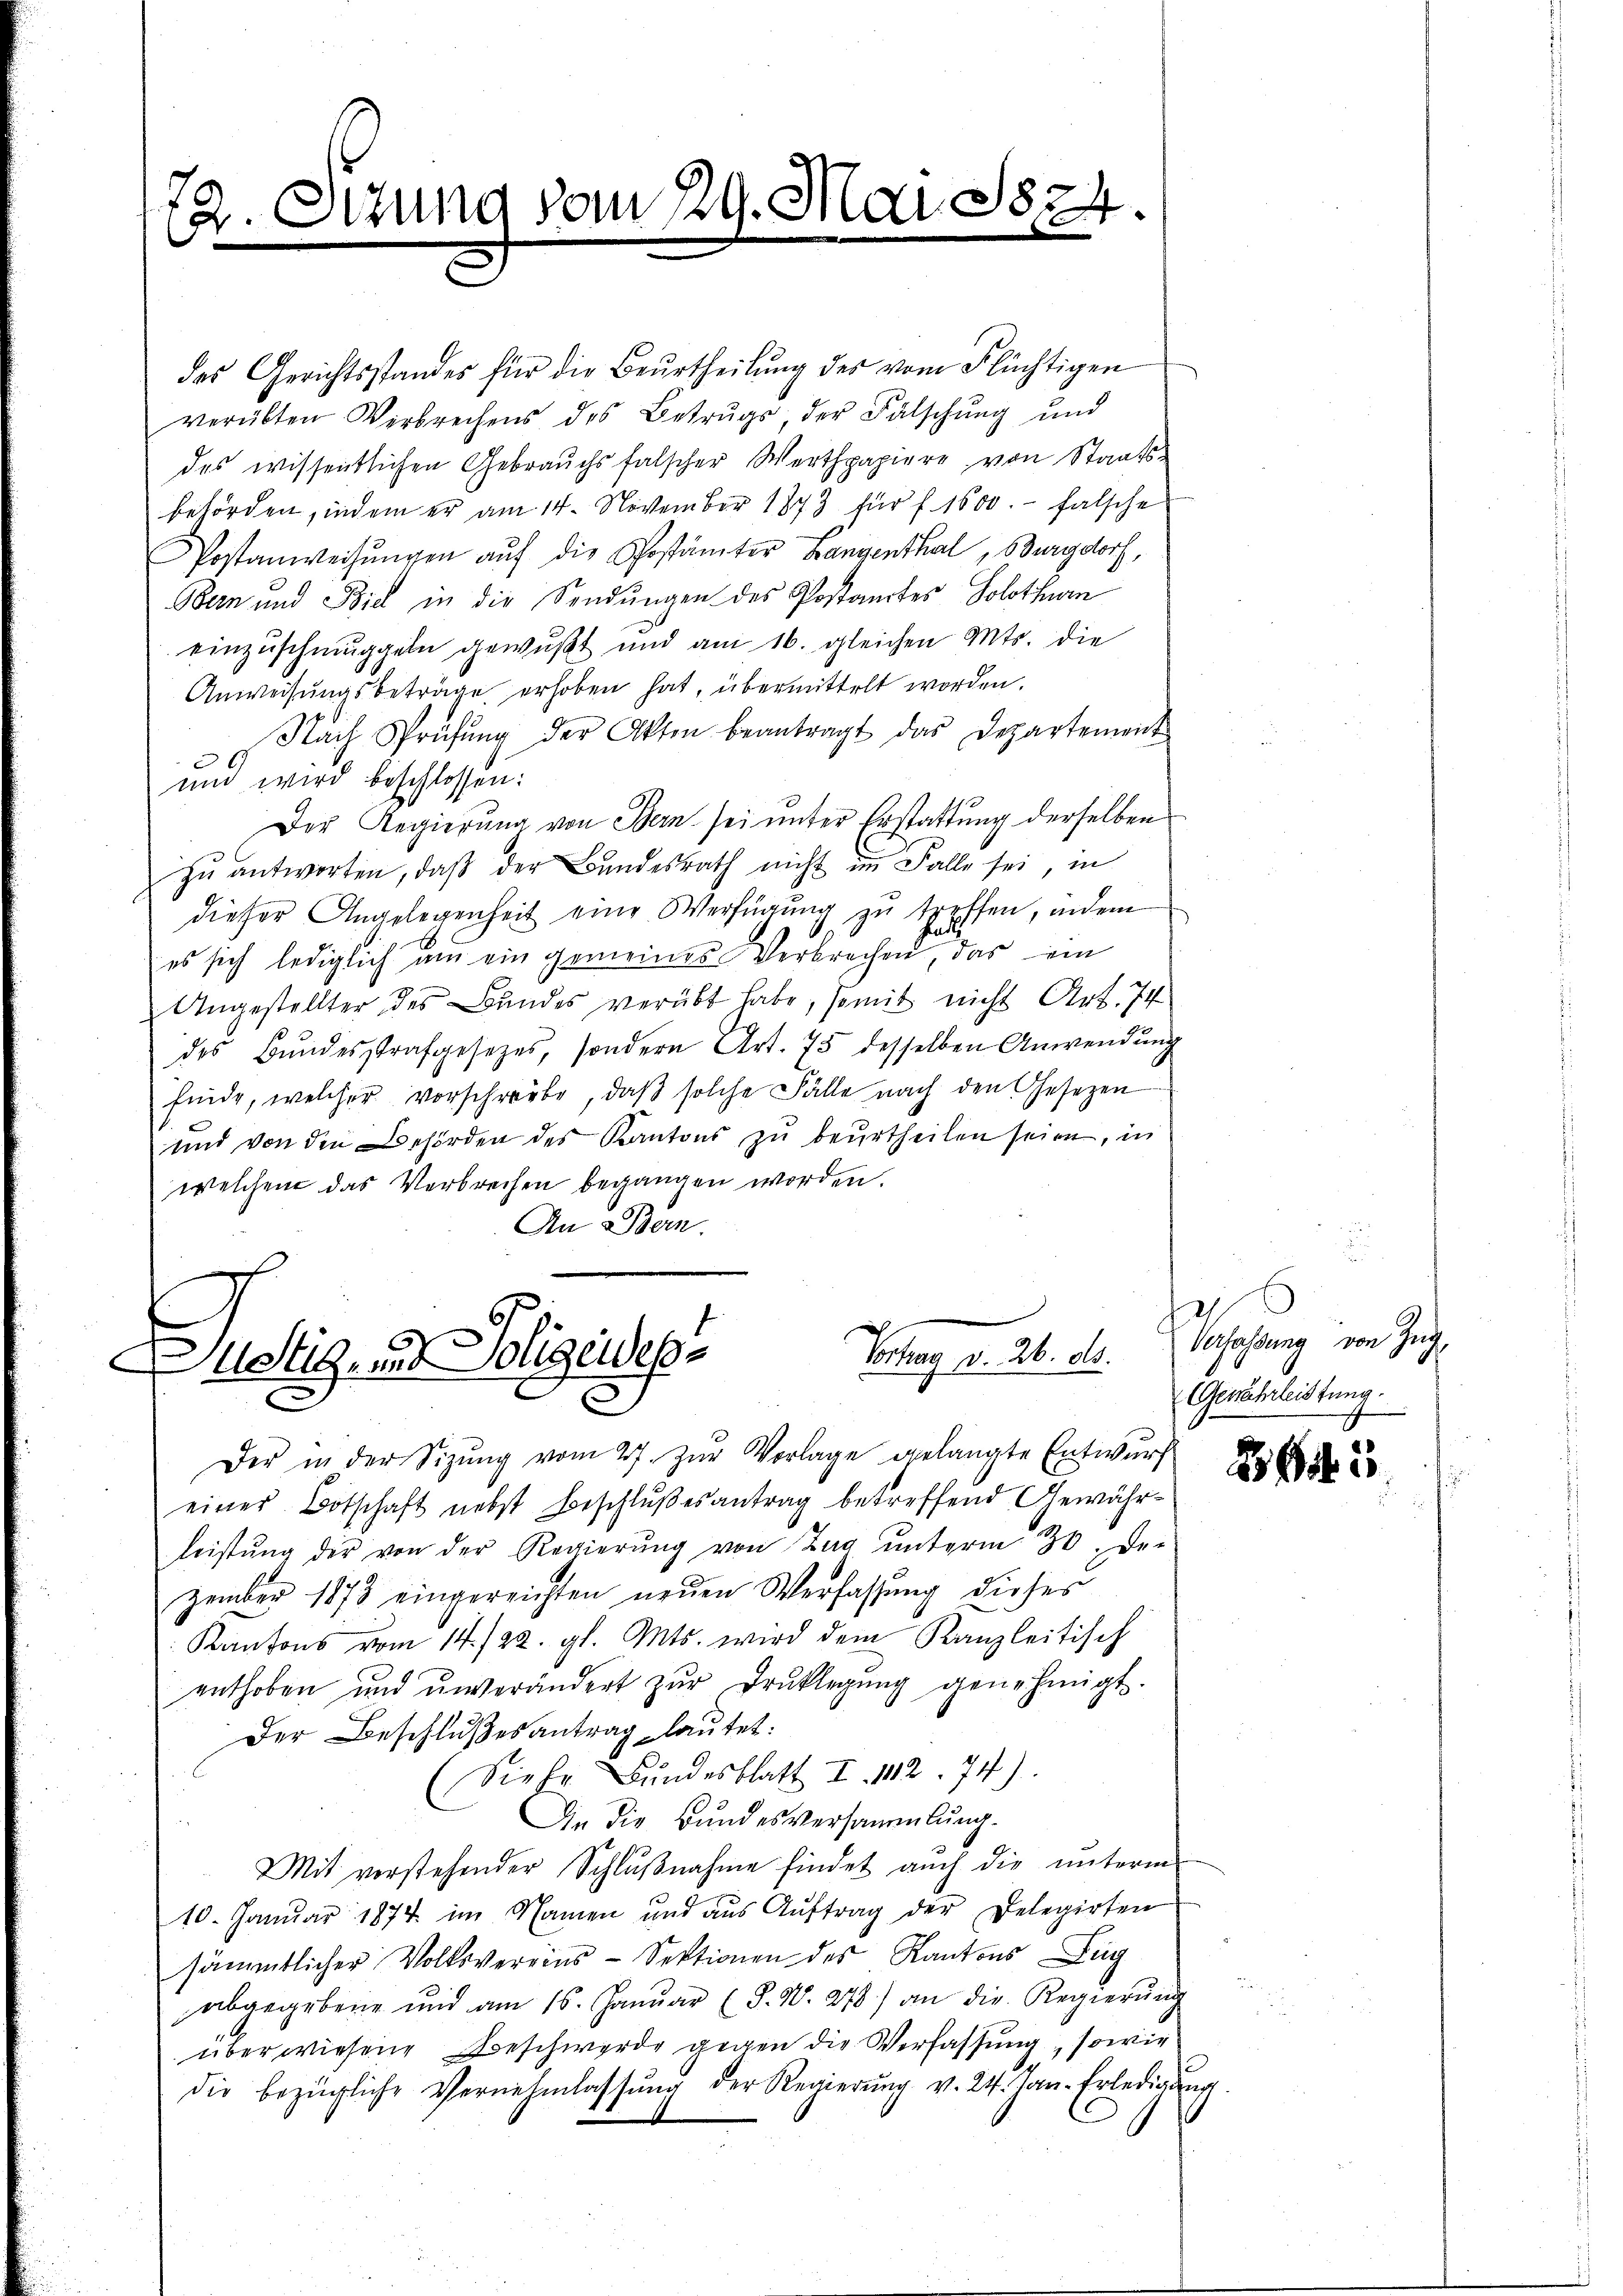
2. Situng vom 29. Mai 187
n

das Gerichtsstandes für die Beurtheilŭng des vom Flüchtigen
verübten Verbrechens des Betrugs der Fälschung und
des wissentlichen Gebrauchs falscher Werthpapiere von Staatsbehörden, indem er am 14. November 1873 für f. 1600. - falsche
Postanweisŭngen auf die Postämter Langenthal, Burgdorf,
Bern und Biel in die Sendungen des Postamtes Solothurn
einzuschmuggeln gewußt und am 16. gleichen Mts. die
Anweisŭngsbeträge erhoben hat, übermittelt worden.
Nach Prüfŭng der Akten beantragt das Departement
und wird beschlossen:
Der Regierung von Bern sei unter Erstattung derselben
zŭ antworten, daβ der Bundesrath nicht im Falle sei, in
dieser Angelegenheit eine Verfügŭng zŭ treffen, indem
es sich lediglich am ein gemeines Verbrechen, das ein
Angestellter des Bundes verübt habe, somit nicht Art. 74
des Bŭndesstrafgesetzes, sondern Art. 75 desselben Anwendŭng
finde, welcher vorschreibe, daß solche Fälle nach den Gesetzen
und von den Behörden des Kantons zu beurtheilen seien, in
welchem das Verbrechen begangen worden.
An Bern.

Der in der Sizŭng vom 27. Zŭr Vorlage gelangte Entwurf
einer Botschaft nebst Beschlußesantrag betreffend Gewährleistŭng der von der Regierŭng von Tag ŭnterm 30. Der
zember 1873 eingereichten neuen Verfassung dieses
Kantons vom 14./22. gl. Mts. wird dem Kanzleitisch
enthoben und unverändert zŭr Brüklegŭng genehmigt.
Der Beschlußes antrag lautet:
SieEr Bŭndesblatt I. 112. 74)
Die die Bundesversammlung.
Mit vorstehender Schlŭβnahme findet auch die ŭnterm
10. Januar 1874 im Namen und aŭs Aŭftrag der Delegirten
sämmtlicher Volksvereins-Sektionen des Kantons Zug
abgegebene und am 16. Janŭar (S. N. 278) an die Regierŭng
überwiesene Beschwerde gegen die Verfassung, sowie
die bezügliche Vernehmlassŭng der Regierŭng v. 24. Jan. Erledigŭng

Vortrag v. 26. ds.
Ustil- und Polizeides

Verfassung von Zür
Gewährleistung.

2